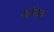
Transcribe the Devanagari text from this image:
खोचत